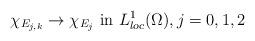
LaTeX: \begin{align*} \chi_{E_{j,k}}\rightarrow \chi_{E_j} \mbox{ in } L^1_{loc}(\Omega), j=0,1,2\end{align*}